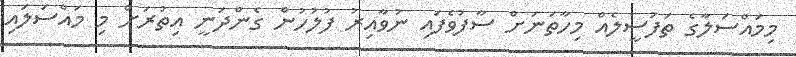
މިމައްސަލާގެ ތަފުސީލެއް މިހާތަނަށް ސާފުވެފައި ނުވާއިރު ފުލުހުން ގެންދަނީ އިތުރަށް މި މައްސަލައި